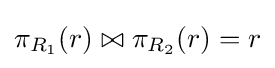
\pi _{R_{1}}(r)\bowtie \pi _{R_{2}}(r)=r